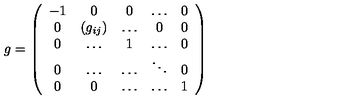
g = \left( \begin{array} { c c c c c } { - 1 } & { 0 } & { 0 } & { \dots } & { 0 } \\ { 0 } & { ( g _ { i j } ) } & { \dots } & { 0 } & { 0 } \\ { 0 } & { \dots } & { 1 } & { \dots } & { 0 } \\ { 0 } & { \dots } & { \dots } & { \ddots } & { 0 } \\ { 0 } & { 0 } & { \dots } & { \dots } & { 1 } \\ \end{array} \right)